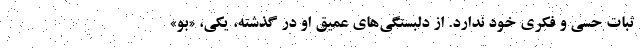
ثبات حسی و فکری خود ندارد. از دلبستگی‌های عمیق او در گذشته، یکی، «بو»